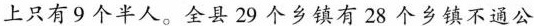
上只有9个半人。全县29个乡镇有28个乡镇不通公